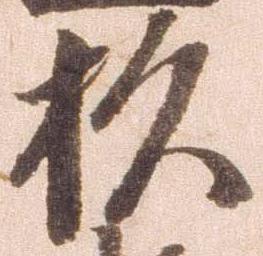
杉